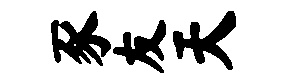
豕友天